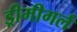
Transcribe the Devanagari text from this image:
ड्रीमीगर्ल